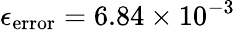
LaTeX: \epsilon_{\mathrm{error}}=6.84\times 10^{-3}